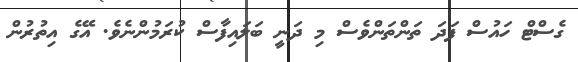
ގެސްޓް ހައުސް ފަދަ ތަންތަންވެސް މި ދަނީ ބަލައިފާސް ކުރަމުންނެވެ. އޭގެ އިތުރުން